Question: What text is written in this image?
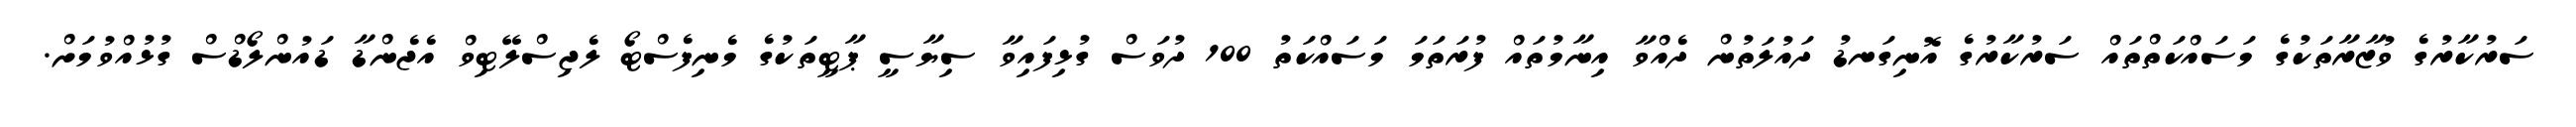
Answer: ސަރުކާރުގެ ވުޒާރާތަކުގެ މަސައްކަތްތައް ސަރުކާރުގެ އޮނިގަނޑު ދައުލަތުން ދެއްވާ އިނާމުތައް ފުރަތަމަ މަސައްކަތު 100 ދުވަސް ގުޅިފައިވާ ސިޔާސީ ޕާޓީތަކުގެ މެނިފެސްޓޯ ލެޖިސްލޭޓިވް އެޖެންޑާ ޑައުންލޯޑްސް ގުޅުއްވުމަށް.